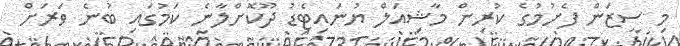
މި ސީޒަން ފެށުމުގެ ކުރިން މާޝިއަލް ޔުނައިޓެޑު ދޫކޮށްލާނެ ކަމުގައި ބުނެ ވަރަށް